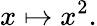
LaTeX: x\mapsto x^{2}.